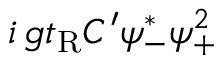
i \, g t _ { \mathrm { R } } C ^ { \prime } \psi _ { - } ^ { * } \psi _ { + } ^ { 2 }